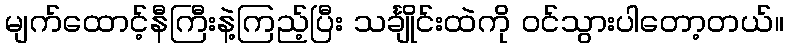
မျက်ထောင့်နီကြီးနဲ့ကြည့်ပြီး သင်္ချိုင်းထဲကို ဝင်သွားပါတော့တယ်။